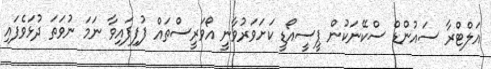
އަލްޓްރާ ސައުންޑް ސްކޭނަކުން ޕީސީއޯޑީ ކަށަވަރުވާނީ އޯވަރީސްތައް ފުފިފައިވާ ނަމަ ނުވަތަ ދުޅަވެފައި